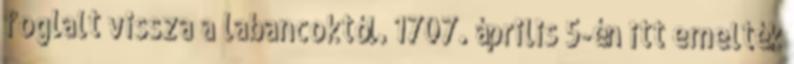
foglalt vissza a labancoktól. 1707. április 5-én itt emelték